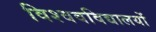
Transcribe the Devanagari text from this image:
विश्ववविद्यालयों